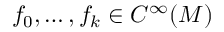
f _ { 0 } , \ldots , f _ { k } \in C ^ { \infty } ( M )